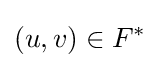
(u,v)\in F^{*}